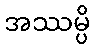
အဿမ္ပိ